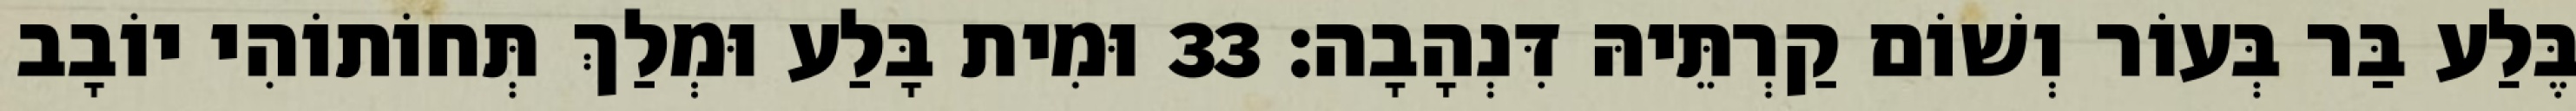
בֶּלַע בַּר בְּעוֹר וְשׁוֹם קַרְתֵּיהּ דִּנְהָבָה׃ 33 וּמִית בָּלַע וּמְלַךְ תְּחוֹתוֹהִי יוֹבָב